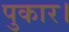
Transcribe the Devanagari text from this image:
पुकार।